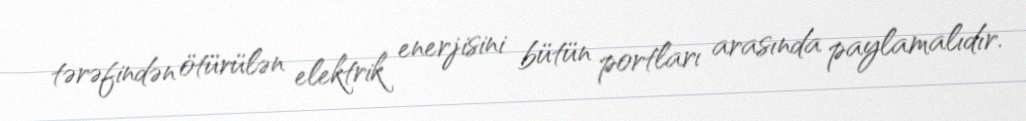
tərəfindən ötürülən elektrik enerjisini bütün portları arasında paylamalıdır.